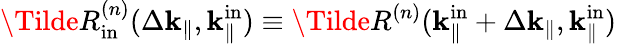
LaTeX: \Tilde{R}_{\mathrm{in}}^{(n)}(\Delta\mathbf{k}_{\parallel},\mathbf{k}_{\parallel}^{\mathrm{in}})\equiv\Tilde{R}^{(n)}(\mathbf{k}_{\parallel}^{\mathrm{in}}+\Delta\mathbf{k}_{\parallel},\mathbf{k}_{\parallel}^{\mathrm{in}})